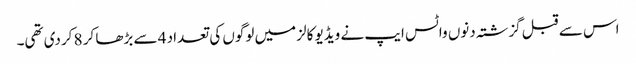
اس سے قبل گزشتہ دنوں واٹس ایپ نے ویڈیو کالز میں لوگوں کی تعداد 4 سے بڑھا کر 8 کردی تھی۔